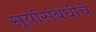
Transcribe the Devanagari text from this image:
सूर्यासंबंधीचे